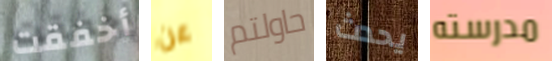
أخفقت عن حاولتم يحدث مدرسته